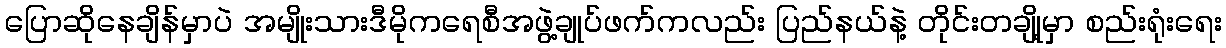
ပြောဆိုနေချိန်မှာပဲ အမျိုးသားဒီမိုကရေစီအဖွဲ့ချုပ်ဖက်ကလည်း ပြည်နယ်နဲ့ တိုင်းတချို့မှာ စည်းရုံးရေး